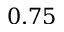
0 . 7 5